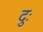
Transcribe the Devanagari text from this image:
दुः